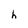
Character: h